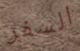
السفر